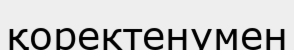
қоректенумен